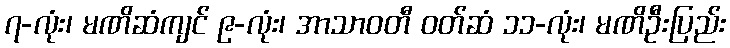
၇-လုံး၊ မဏိဆံကျင် ၉-လုံး၊ အာသာဝတီ ဝတ်ဆံ ၁၁-လုံး၊ မဏိဦးပြည်း